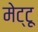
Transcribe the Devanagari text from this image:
मेट्टू